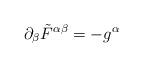
LaTeX: \begin{align*}\partial_{\beta} \tilde{F}^{\alpha \beta} = - g^{\alpha}\end{align*}